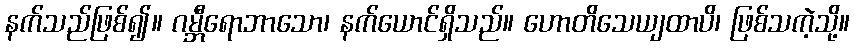
နက်သည်ဖြစ်၍။ ဂမ္ဘီရောဘာသော၊ နက်ယောင်ရှိသည်။ ဟောတိသေယျထာပိ၊ ဖြစ်သကဲ့သို့။